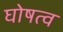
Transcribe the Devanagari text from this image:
घोषत्व